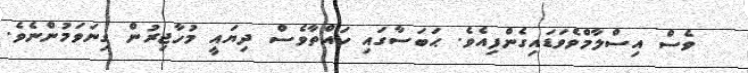
ވެސް އިސްލާމްވެވަޑައިގެންފިއެވެ. ޙަބަސާގައި ހައްތާވެސް ދިޔައީ މުހާޖިރުން ގިނަވަމުންނެވެ.